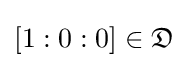
[1:0:0]\in {\mathfrak {D}}